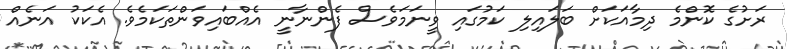
ރަށުގެ ކޮންމެ ދިމާއަކަށް ބަލައިލި ކަމުގައި ވީނަމަވެސް ފެންނާނީ އެއްބައިވަންތަކަމެވެ. އެކަކު އަނެއް